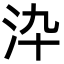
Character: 㳃